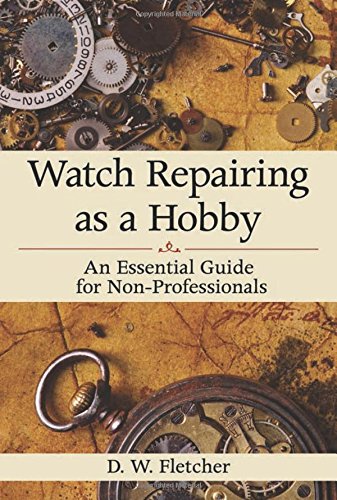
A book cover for Watch Repairing as a Hobby: An Essential Guide for Non-Professionals; D W. Fletcher; Crafts, Hobbies & Home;